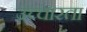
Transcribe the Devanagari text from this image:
उच्चारता